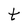
Character: t